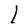
Character: l